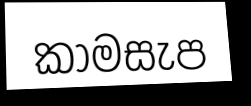
කාමසැප